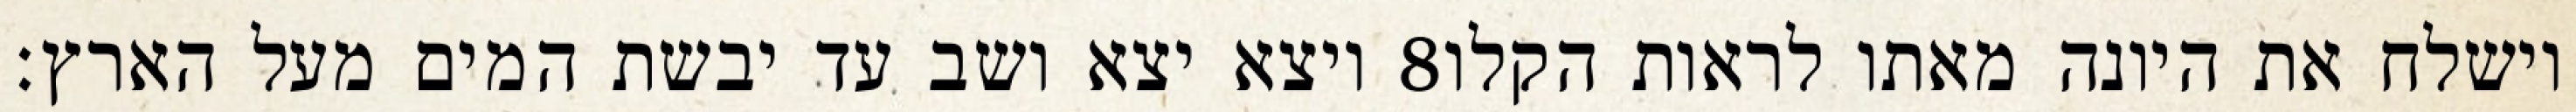
ויצא יצא ושב עד יבשת המים מעל הארץ׃ ‎8‏ וישלח את היונה מאתו לראות הקלו